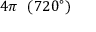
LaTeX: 4 \pi \ \ ( 7 2 0 ^ { \circ } )